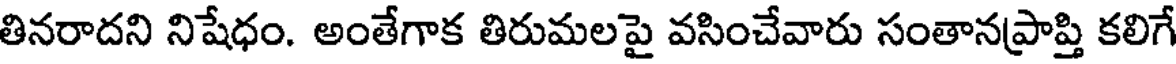
తినరాదని నిషేధం. అంతేగాక తిరుమలపై వసించేవారు సంతానప్రాప్తి కలిగే